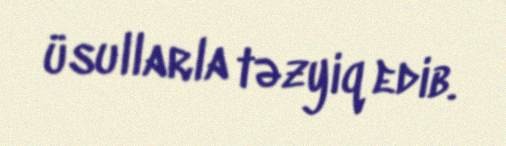
üsullarla təzyiq edib.